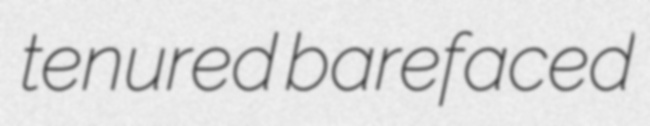
tenured barefaced